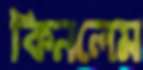
কিনলেম